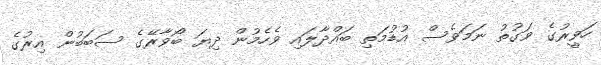
ހަވީރުގެ ވަގުތު ނަމަވެސް އުޑުމަތި ބައްދާލައި ވެހެމުން ދިޔަ ބޯވާރޭގެ ސަބަބުން އިރުގެ